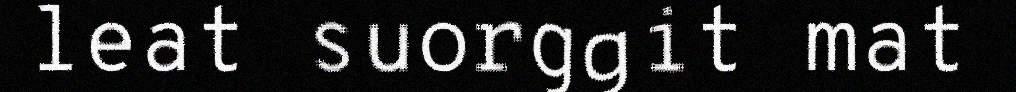
leat suorggit mat